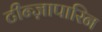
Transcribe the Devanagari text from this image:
टीन्ज़ापारिन